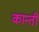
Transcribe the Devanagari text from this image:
कान्ती